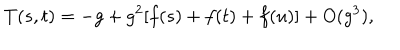
LaTeX: T ( s , t ) = - g + g ^ { 2 } [ f ( s ) + f ( t ) + f ( u ) ] + O ( g ^ { 3 } ) ,